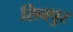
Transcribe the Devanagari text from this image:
सिवपुर